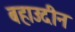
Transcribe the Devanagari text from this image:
बहाउदीन